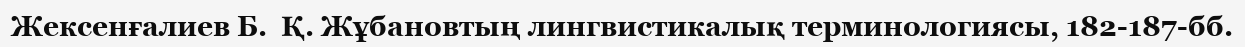
Жексенғалиев Б.  Қ. Жұбановтың лингвистикалық терминологиясы, 182-187-бб.